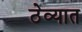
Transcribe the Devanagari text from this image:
ठेव्यात